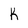
Character: K